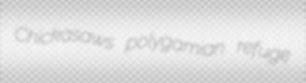
Chickasaws polygamian refuge